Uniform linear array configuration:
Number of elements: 8
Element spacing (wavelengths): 0.25
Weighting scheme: exponential
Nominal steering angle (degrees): -45
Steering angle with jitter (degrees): -44.017
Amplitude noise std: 0.05
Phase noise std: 0.05

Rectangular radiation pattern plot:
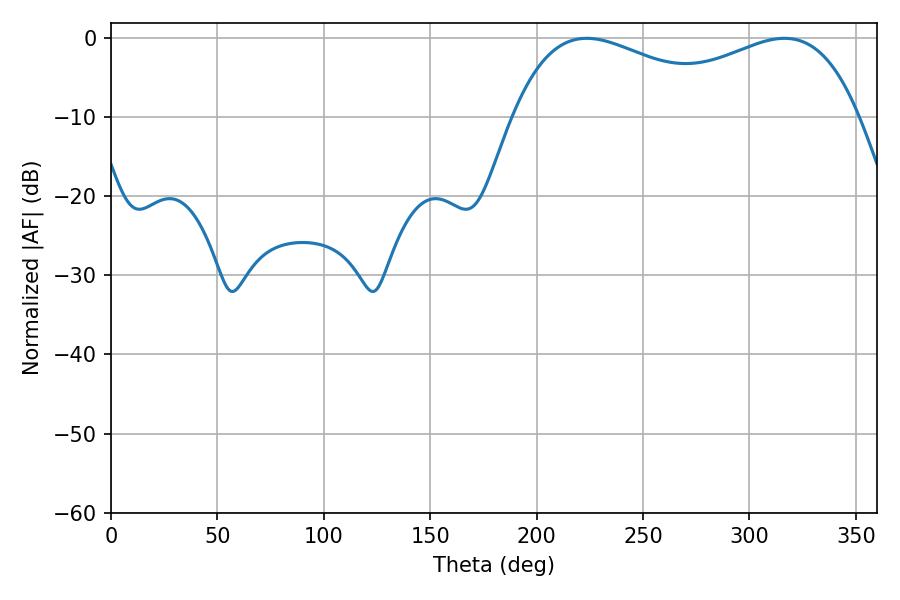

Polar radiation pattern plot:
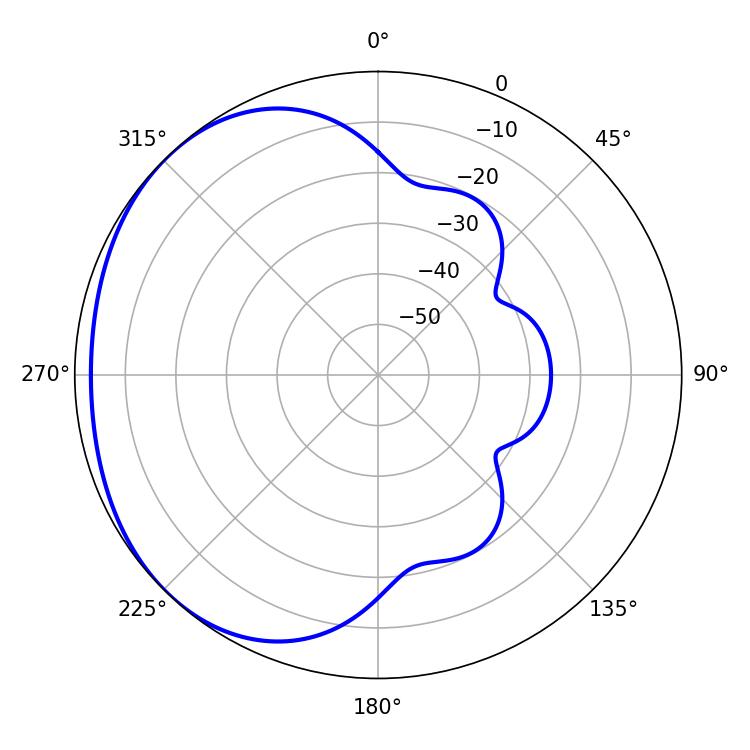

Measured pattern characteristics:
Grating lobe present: FALSE
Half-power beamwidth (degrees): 59.58
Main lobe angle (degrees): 223.56